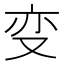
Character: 变